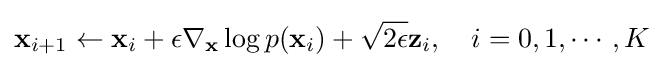
\mathbf {x} _{i+1}\gets \mathbf {x} _{i}+\epsilon \nabla _{\mathbf {x} }\log p(\mathbf {x} _{i})+{\sqrt {2\epsilon }}\mathbf {z} _{i},\quad i=0,1,\cdots ,K